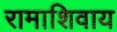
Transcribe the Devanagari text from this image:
रामाशिवाय